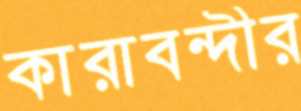
কারাবন্দীর